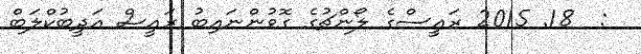
:  18